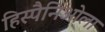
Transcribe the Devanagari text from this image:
हिस्पैनिओला